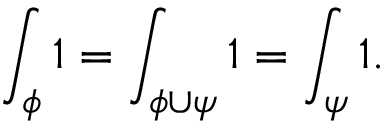
\int _ { \phi } 1 = \int _ { \phi \cup \psi } 1 = \int _ { \psi } 1 .